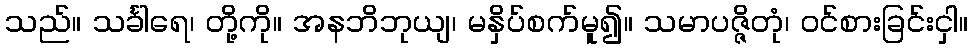
သည်။ သင်္ခါရေ၊ တို့ကို။ အနဘိဘုယျ၊ မနှိပ်စက်မူ၍။ သမာပဇ္ဇိတုံ၊ ဝင်စားခြင်းငှါ။